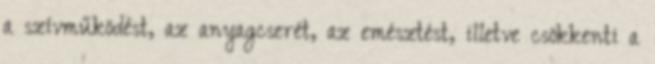
a szívműködést, az anyagcserét, az emésztést, illetve csökkenti a